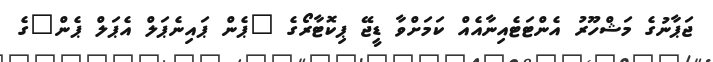
ޖަޕާނުގެ މަޝްހޫރު އެންޓަޓެއިނާއެއް ކަމަށްވާ ޑީޖޭ ޕިކޮޓާރޯގެ "ޕެން ޕައިނެޕަލް އެޕަލް ޕެން"ގެ